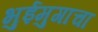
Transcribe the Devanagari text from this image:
भुईमुगाचा